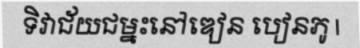
ទិវាជ័យជម្នះនៅឌៀន បៀនភូ |